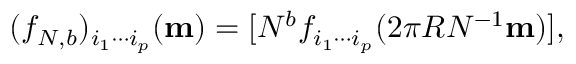
( f _ { N , b } ) _ { i _ { 1 } \cdots i _ { p } } ( { \bf m } ) = [ N ^ { b } f _ { i _ { 1 } \cdots i _ { p } } ( 2 \pi R N ^ { - 1 } { \bf m } ) ] ,